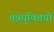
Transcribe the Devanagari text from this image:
तंत्रयुक्तियों